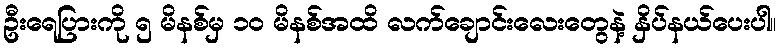
ဦးရေပြားကို ၅ မိနစ်မှ ၁၀ မိနစ်အထိ လက်ချောင်းလေးတွေနဲ့ နှိပ်နယ်ပေးပါ။